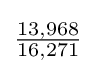
{\tfrac {13,968}{16,271}}